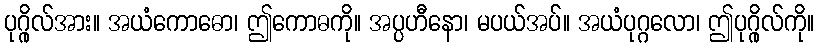
ပုဂ္ဂိုလ်အား။ အယံကောဓော၊ ဤကောဓကို။ အပ္ပဟီနော၊ မပယ်အပ်။ အယံပုဂ္ဂလော၊ ဤပုဂ္ဂိုလ်ကို။